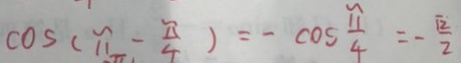
\cos ( \pi - \frac { \pi } { 4 } ) = - \cos \frac { \pi } { 4 } = - \frac { \sqrt { 2 } } { 2 }